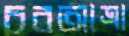
চরআত্রা